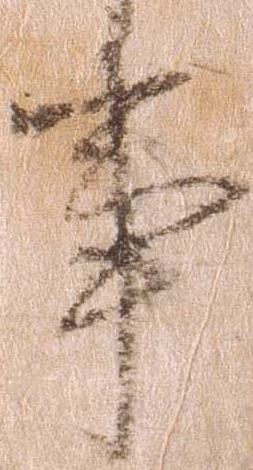
事